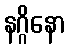
နဂ္ဂိနော